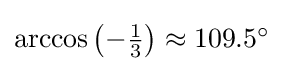
{\textstyle \arccos \left(-{\frac {1}{3}}\right)\approx 109.5^{\circ }}